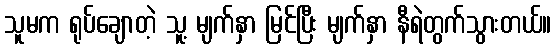
သူမက ရုပ်ချောတဲ့ သူ့ မျက်နှာ မြင်ပြီး မျက်နှာ နီရဲတွက်သွားတယ်။